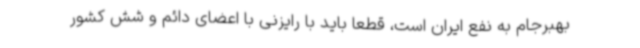
بهبرجام به نفع ایران است، قطعا باید با رایزنی با اعضای دائم و شش کشور